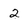
Character: 2